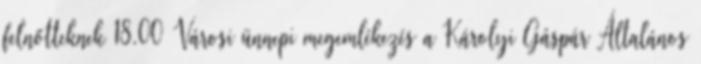
felnőtteknek 18.00 Városi ünnepi megemlékezés a Károlyi Gáspár Általános